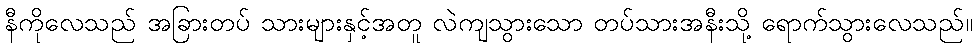
နီကိုလေသည် အခြားတပ် သားများနှင့်အတူ လဲကျသွားသော တပ်သားအနီးသို့ ရောက်သွားလေသည်။